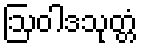
ဩဝါဒသုတ္တံ